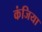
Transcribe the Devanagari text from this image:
कंजिया